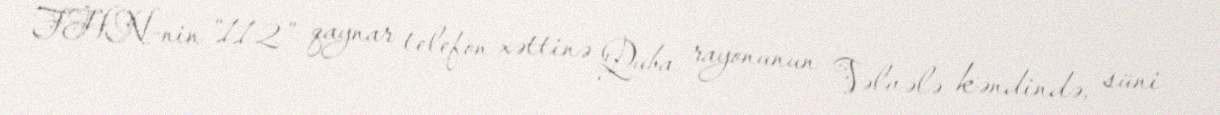
FHN-nin “112” qaynar telefon xəttinə Quba rayonunun Vəlvələ kəndində, süni